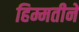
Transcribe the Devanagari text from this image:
हिम्मतीने